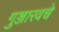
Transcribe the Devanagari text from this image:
गुञ्जारवचे